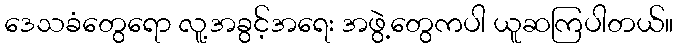
ဒေသခံတွေရော လူ့အခွင့်အရေး အဖွဲ့တွေကပါ ယူဆကြပါတယ်။